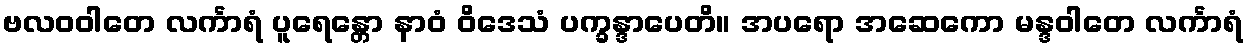
ဗလဝဝါတေ လင်္ကာရံ ပူရေန္တော နာဝံ ဝိဒေသံ ပက္ခန္ဒာပေတိ။ အပရော အဆေကော မန္ဒဝါတေ လင်္ကာရံ